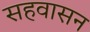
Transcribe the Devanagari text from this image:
सहवासन